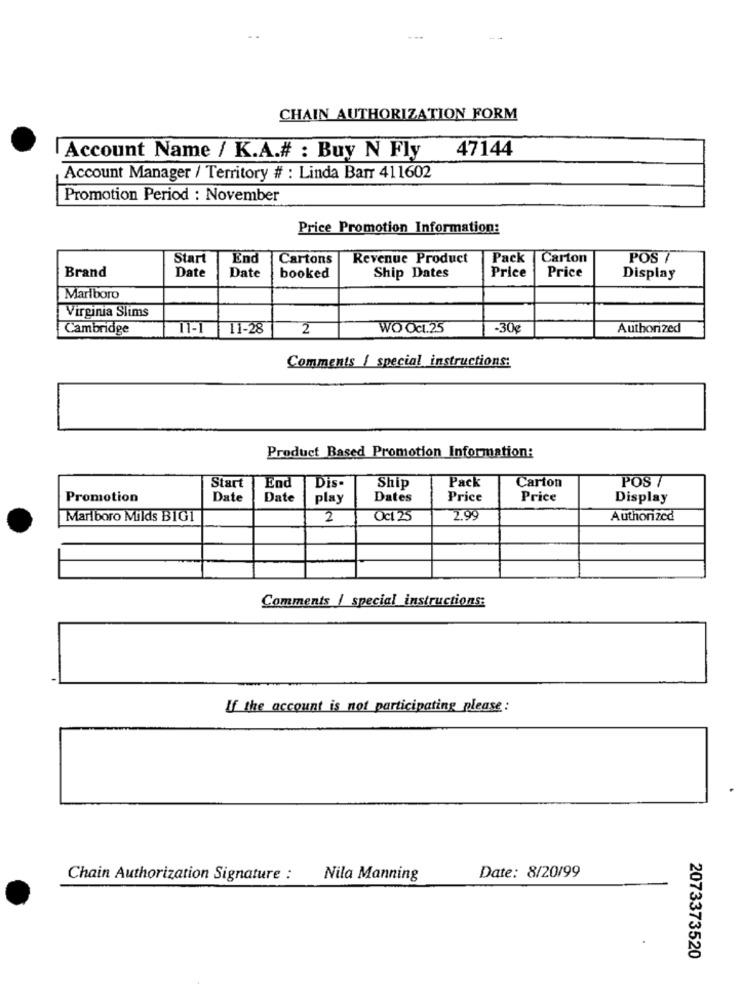
---
CHAIN AUTHORIZATION FORM
47144
Account Name / K.A.# : Buy N Fly
Account Manager / Territory # : Linda Barr 411602
Promotion Period : November
Price Promotion Information:
Start
End
Cartons
Revenue Product
Pack
Carton
POS 7
Brand
Date
Date
Ship Dates
Price
Price
booked
Display
Marlboro
Virginia Slims
Cambridge
11-1
11-28
2
WO Oct.25
-30g
Authorized
Comments / special instructions:
Product Based Promotion Information:
End
Pack
Carton
POS /
Start
Dis-
Ship
Promotion
Date
Date
play
Dates
Price
Price
Display
Marlboro Milds B101
2
Oct 25
2.99
Authorized
Comments | special instructions:
If the account is not participating please :
Chain Authorization Signature :
Nila Manning
Date: 8/20/99
2073373520